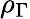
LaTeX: \rho_{\Gamma}